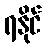
ရနိုင်